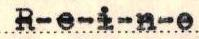
Reino